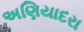
અણિયાદરા